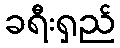
ခရီးရှည်